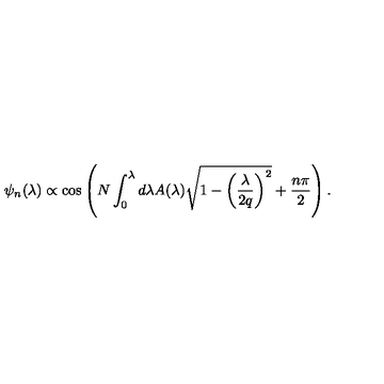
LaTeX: \psi _ { n } ( \lambda ) \propto { \cos } \left( N \int _ { 0 } ^ { \lambda } d \lambda A ( \lambda ) \sqrt { 1 - \left( \frac { \lambda } { 2 q } \right) ^ { 2 } } + \frac { n \pi } { 2 } \right) .